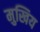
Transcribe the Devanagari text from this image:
मुखिय